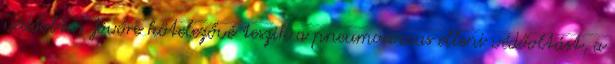
védőoltás Jövőre kötelezővé teszik a pneumococcus elleni védőoltást, a